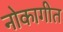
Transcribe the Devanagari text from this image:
नोकागीत